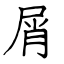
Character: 屑